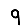
Digit: 9